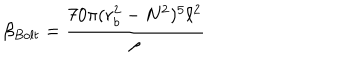
\beta _ { B o l t } = \frac { 7 0 \pi ( r _ { b } ^ { 2 } - N ^ { 2 } ) ^ { 5 } \ell ^ { 2 } } { \rho }